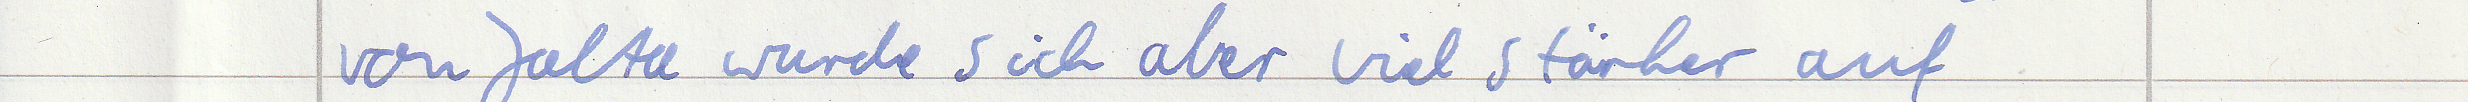
von Jalta wurde sich aber viel stärker auf